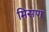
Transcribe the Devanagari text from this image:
मिसण